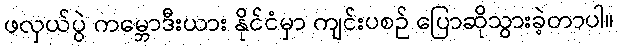
ဖလှယ်ပွဲ ကမ္ဘောဒီးယား နိုင်ငံမှာ ကျင်းပစဉ် ပြောဆိုသွားခဲ့တာပါ။